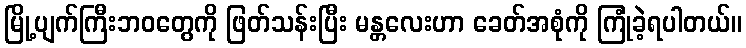
မြို့ပျက်ကြီးဘဝတွေကို ဖြတ်သန်းပြီး မန္တလေးဟာ ခေတ်အစုံကို ကြုံခဲ့ရပါတယ်။